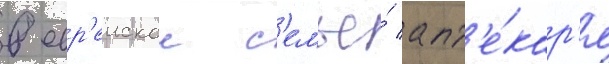
в евр'еискои с'емье́ апт'е́кар'я